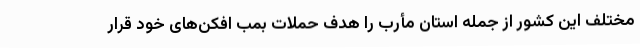
مختلف این کشور از جمله استان مأرب را هدف حملات بمب افکن‌های خود قرار